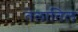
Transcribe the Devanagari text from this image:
तेलातिल